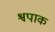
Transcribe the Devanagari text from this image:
श्वपाक